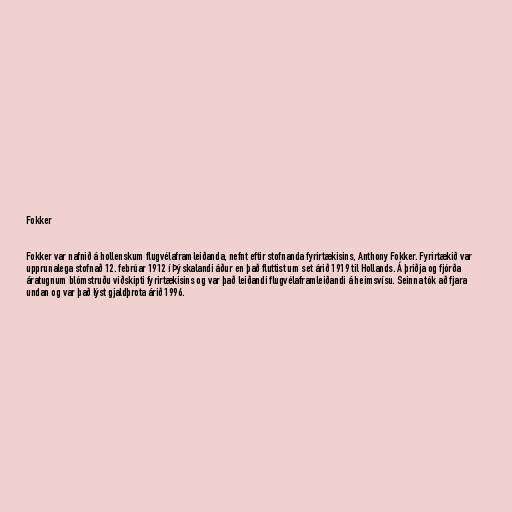
Fokker

Fokker var nafnið á hollenskum flugvélaframleiðanda, nefnt eftir stofnanda fyrirtækisins, Anthony Fokker. Fyrirtækið var
upprunalega stofnað 12. febrúar 1912 í Þýskalandi áður en það fluttist um set árið 1919 til Hollands. Á þriðja og fjórða
áratugnum blómstruðu viðskipti fyrirtækisins og var það leiðandi flugvélaframleiðandi á heimsvísu. Seinna tók að fjara
undan og var það lýst gjaldþrota árið 1996.